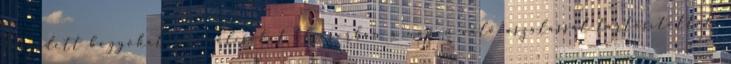
leszedett bogyókat, gyümölcsöket elsősorban a napon való aszalással tartósították.